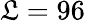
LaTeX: \mathfrak{L}=96